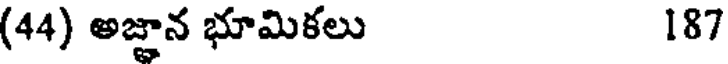
(44) అజ్ఞాన భూమికలు 187